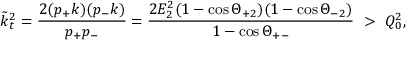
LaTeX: \tilde { k } _ { t } ^ { 2 } = \frac { 2 ( p _ { + } k ) ( p _ { - } k ) } { p _ { + } p _ { - } } = \frac { 2 E _ { 2 } ^ { 2 } ( 1 - \cos \Theta _ { + 2 } ) ( 1 - \cos \Theta _ { - 2 } ) } { 1 - \cos \Theta _ { + - } } \ > \ Q _ { 0 } ^ { 2 } ,